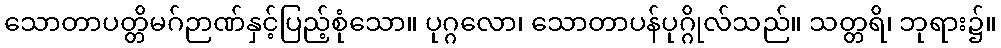
သောတာပတ္တိမဂ်ဉာဏ်နှင့်ပြည့်စုံသော။ ပုဂ္ဂလော၊ သောတာပန်ပုဂ္ဂိုလ်သည်။ သတ္တရိ၊ ဘုရား၌။